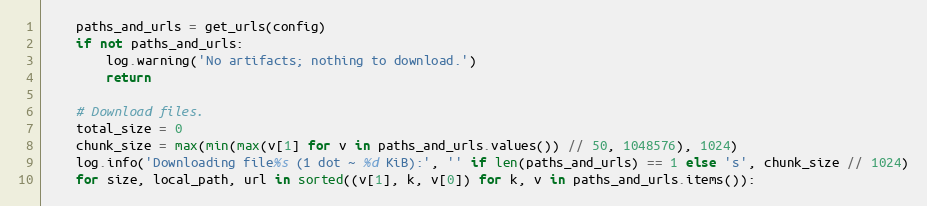
Language: Python
    paths_and_urls = get_urls(config)
    if not paths_and_urls:
        log.warning('No artifacts; nothing to download.')
        return

    # Download files.
    total_size = 0
    chunk_size = max(min(max(v[1] for v in paths_and_urls.values()) // 50, 1048576), 1024)
    log.info('Downloading file%s (1 dot ~ %d KiB):', '' if len(paths_and_urls) == 1 else 's', chunk_size // 1024)
    for size, local_path, url in sorted((v[1], k, v[0]) for k, v in paths_and_urls.items()):